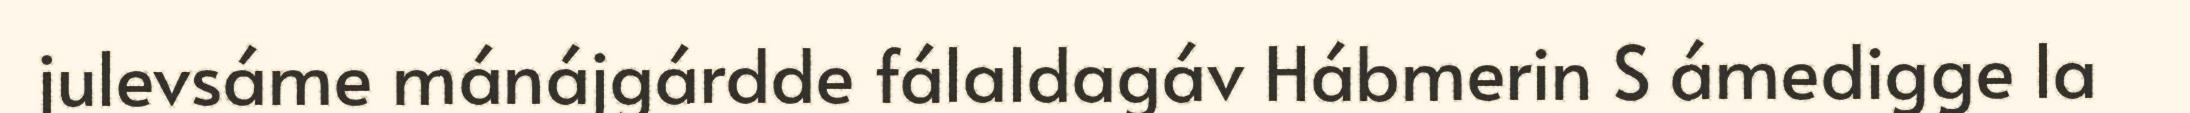
julevsáme mánájgárdde fálaldagáv Hábmerin S ámedigge la